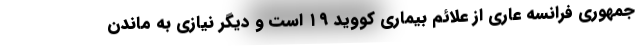
جمهوری فرانسه عاری از علائم بیماری کووید ۱۹ است و دیگر نیازی به ماندن